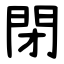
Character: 閉